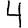
Digit: 4